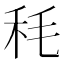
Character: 秏